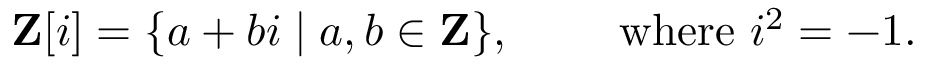
\mathbf { Z } [ i ] = \{ a + b i \mid a , b \in \mathbf { Z } \} , \qquad { \mathrm { ~ w h e r e ~ } } i ^ { 2 } = - 1 .